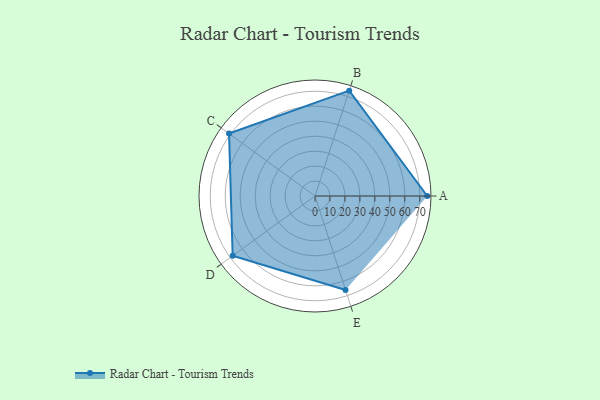
{"axis": {"x": "Skill", "y": "Score"}, "legend": ["Profile"], "data": [{"x": "A", "y": 75.0, "type": "Profile"}, {"x": "B", "y": 74.0, "type": "Profile"}, {"x": "C", "y": 71.0, "type": "Profile"}, {"x": "D", "y": 68.0, "type": "Profile"}, {"x": "E", "y": 66.0, "type": "Profile"}]}